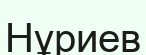
Нұриев